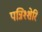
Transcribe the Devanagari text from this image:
पन्निश्शेरि